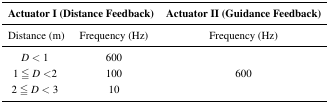
<table><thead><tr><td colspan="2"><b>Actuator I (Distance Feedback)</b></td><td><b>Actuator II (Guidance Feedback)</b></td></tr><tr><td><b>Distance (m)</b></td><td><b>Frequency (Hz)</b></td><td><b>Frequency (Hz)</b></td></tr></thead><tbody><tr><td><i>D</i>&lt;1</td><td>600</td><td rowspan="3">600</td></tr><tr><td>1 ≰ <i>D</i> &lt;2</td><td>100</td></tr><tr><td><i>2</i> ≰ <i>D</i> &lt;3</td><td>10</td></tr></tbody></table>